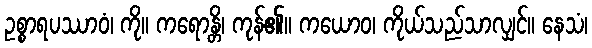
ဥစ္စာရပဿာဝံ၊ ကို။ ကရောန္တိ၊ ကုန်၏။ ကယောဝ၊ ကိုယ်သည်သာလျှင်။ နေသံ၊